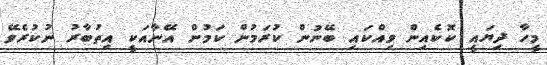
މީހާ ދިޔައީ ކޮކެއިން ވިއްކައި ބޭނުން ކުރަމުން ކަމުން އޭނާއަކީ އިތުބާރު ނުކުރެވޭ